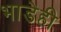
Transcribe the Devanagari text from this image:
भाडेही